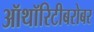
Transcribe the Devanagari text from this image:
ऑथॉरिटीबरोबर